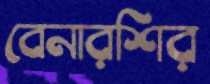
বেনারশির